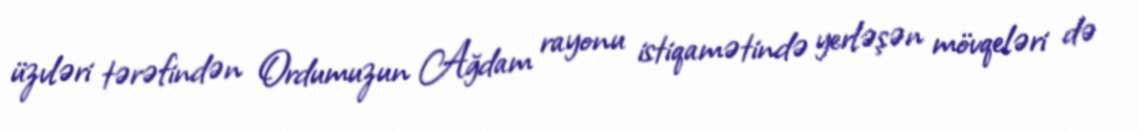
üzvləri tərəfindən Ordumuzun Ağdam rayonu istiqamətində yerləşən mövqeləri də